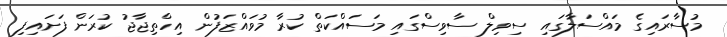
މުސާރައިގެ މައްސަލާގައި ސިވިލް ސާވިސްގައި މަސައްކަތް ކުރާ މުވައްޒަފުން އިހްތިޖާޖު ކުރަން ފަށައިފި